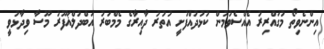
އިންނެވިތޯ މުގައްރިރު އެއްސެވުމުން ކުޅުދުއްފުށީ އުތުރު ދާއިރާގެ މެމްބަރު އަބްދުލްޣަފޫރު މޫސާ ވިދާޅުވީ